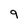
Character: 9